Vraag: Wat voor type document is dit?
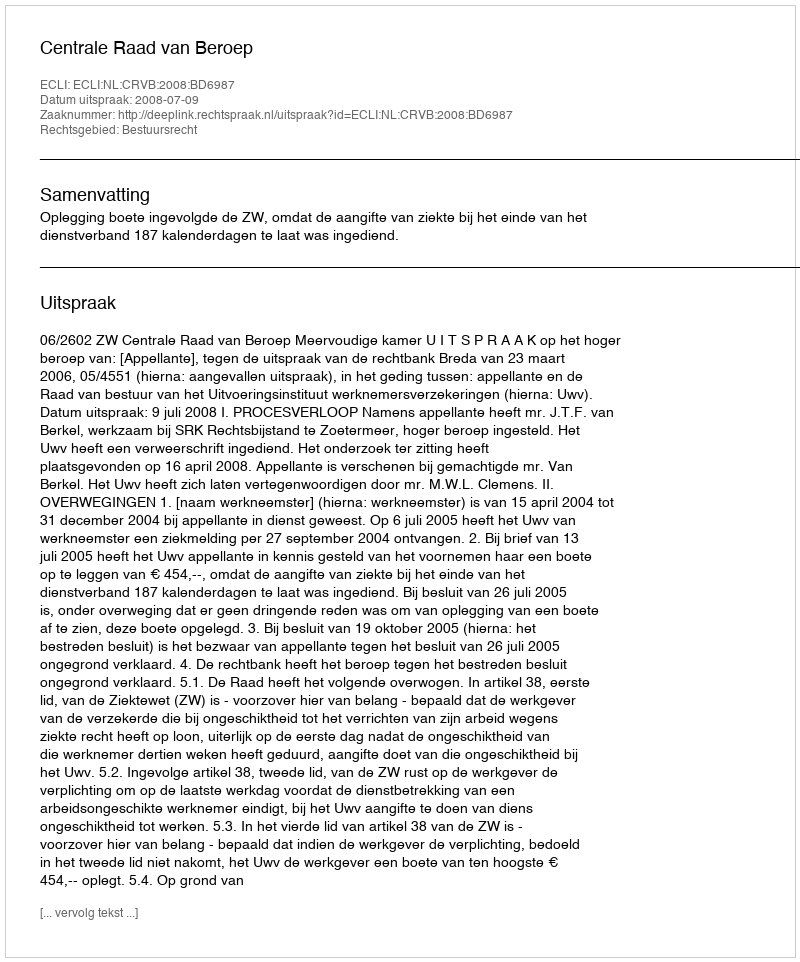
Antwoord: Uitspraak